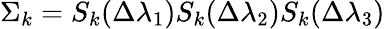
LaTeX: \Sigma_{k}=S_{k}(\Delta\lambda_{1})S_{k}(\Delta\lambda_{2})S_{k}(\Delta\lambda_{3})